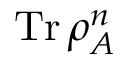
\operatorname { T r } \rho _ { A } ^ { n }